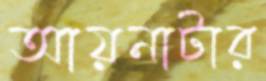
আয়নাটার